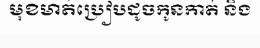
មុខមាត់ប្រៀបដូចកូនកាត់ និង